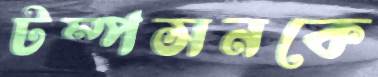
টম্পসনকে